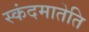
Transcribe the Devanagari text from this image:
स्कंदमातेति